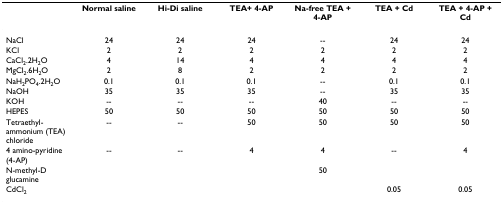
|  | Normal saline | Hi-Di saline | TEA+ 4-AP | Na-free TEA + 4-AP | TEA + Cd | TEA + 4-AP + Cd |
 | --- | --- | --- | --- | --- | --- | --- |
 | NaCl | 24 | 24 | 24 | -- | 24 | 24 |
 | KCl | 2 | 2 | 2 | 2 | 2 | 2 |
 | CaCl2.2H2O | 4 | 14 | 4 | 4 | 4 | 4 |
 | MgCl2.6H2O | 2 | 8 | 2 | 2 | 2 | 2 |
 | NaH2PO4.2H2O | 0.1 | 0.1 | 0.1 | -- | 0.1 | 0.1 |
 | NaOH | 35 | 35 | 35 | -- | 35 | 35 |
 | KOH | -- | -- | -- | 40 | -- | -- |
 | HEPES | 50 | 50 | 50 | 50 | 50 | 50 |
 | Tetraethyl-ammonium (TEA) chloride | -- | -- | 50 | 50 | 50 | 50 |
 | 4 amino-pyridine (4-AP) | -- | -- | 4 | 4 | -- | 4 |
 | N-methyl-D glucamine |  |  |  | 50 |  |  |
 | CdCl2 |  |  |  |  | 0.05 | 0.05 |